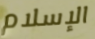
الإسلام